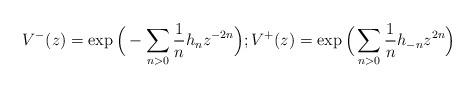
LaTeX: \begin{align*}V^-(z) = \exp \Big(-\sum_{n>0}\frac{1}{n}h_n z^{-2n}\Big);V^+(z) = \exp \Big(\sum_{n>0}\frac{1}{n}h_{-n} z^{2n}\Big)\end{align*}